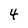
Character: 4